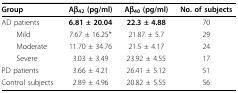
<table><thead><tr><td><b>Group</b></td><td><b>Aβ<sub>42 </sub>(pg/ml)</b></td><td><b>Aβ<sub>40 </sub>(pg/ml)</b></td><td><b>No. of subjects</b></td></tr></thead><tbody><tr><td>AD patients</td><td><b>6.81 ± 20.04</b></td><td><b>22.3 ± 4.88</b></td><td>70</td></tr><tr><td> Mild</td><td>7.67 ± 16.25*</td><td>21.87 ± 5.7</td><td>29</td></tr><tr><td> Moderate</td><td>11.70 ± 34.76</td><td>21.5 ± 4.17</td><td>24</td></tr><tr><td> Severe</td><td>3.03 ± 3.49</td><td>23.92 ± 4.55</td><td>17</td></tr><tr><td>PD patients</td><td>3.66 ± 4.21</td><td>26.41 ± 5.12</td><td>51</td></tr><tr><td>Control subjects</td><td>2.89 ± 4.96</td><td>20.82 ± 5.55</td><td>56</td></tr></tbody></table>